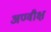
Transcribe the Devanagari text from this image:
अण्वीक्ष